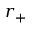
r _ { + }